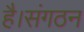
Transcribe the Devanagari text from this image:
है।संगठन